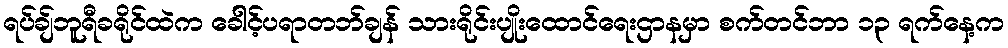
ရပ်ချ်ဘူရီခရိုင်ထဲက ခေါင့်ပရာတဘ်ချန် သားရိုင်းပျိုးထောင်ရေးဌာနမှာ စက်တင်ဘာ ၁၃ ရက်နေ့က